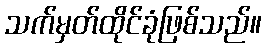
သက်မှတ်ထိုင်ခုံဖြစ်သည်။